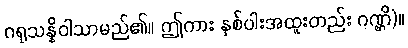
ဂရုသန္နိဝါသာမည်၏။ ဤကား နှစ်ပါးအထူးတည်း ဂဏ္ဌိ)။